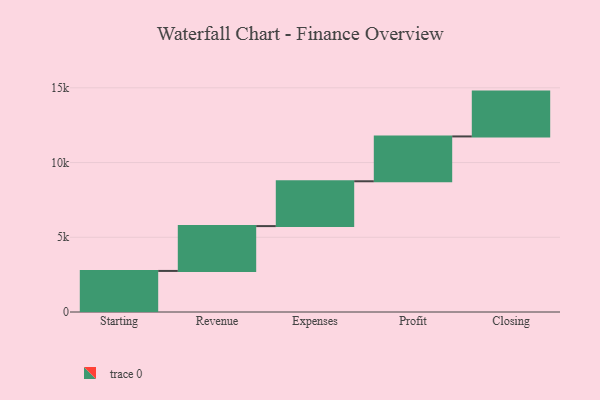
{"axis": {"x": "Step", "y": "Value"}, "legend": [""], "data": [{"x": "Starting", "y": 2748.0, "type": ""}, {"x": "Revenue", "y": 3000, "type": ""}, {"x": "Expenses", "y": 3000, "type": ""}, {"x": "Profit", "y": 3000, "type": ""}, {"x": "Closing", "y": 3000, "type": ""}]}